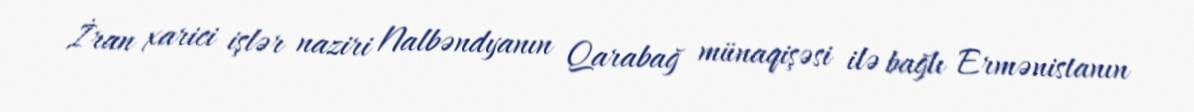
İran xarici işlər naziri Nalbəndyanın Qarabağ münaqişəsi ilə bağlı Ermənistanın